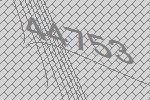
44753